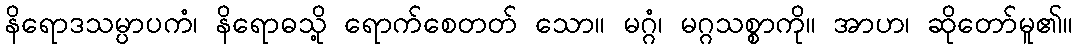
နိရောဒသမ္ပာပကံ၊ နိရောဓသို့ ရောက်စေတတ် သော။ မဂ္ဂံ၊ မဂ္ဂသစ္စာကို။ အာဟ၊ ဆိုတော်မူ၏။